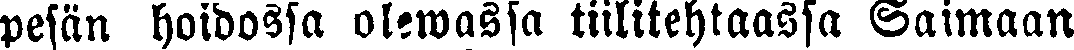
pesän hoidossa olewassa tiilitehtaassa Saimaan